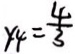
y _ { 4 } = \frac { 4 } { 3 }